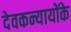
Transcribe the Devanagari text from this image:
देवकन्यायोंके